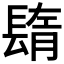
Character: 𨲕